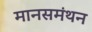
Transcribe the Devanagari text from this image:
मानसमंथन